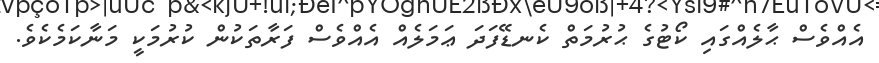
އެއްވެސް ޙާލެއްގައި ކޯޓުގެ ޙުރުމަތް ކެނޑޭފަދަ ޢަމަލެއް އެއްވެސް ފަރާތަކުން ކުރުމަކީ މަނާކަމެކެވެ.